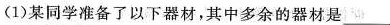
(1)某同学准备了以下器材，其中多余的器材是___